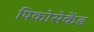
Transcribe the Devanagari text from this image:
पिकोसेकेंड